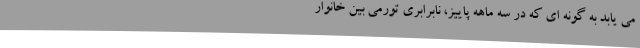
می یابد به گونه ای که در سه ماهه پاییز، نابرابری تورمی بین خانوار